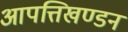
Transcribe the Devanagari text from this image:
आपत्तिखण्डन